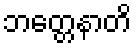
ဘတ္တေနာတိ